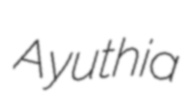
Ayuthia